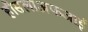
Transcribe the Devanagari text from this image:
हौसलाअफजाई